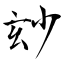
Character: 玅